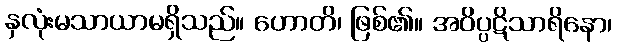
နှလုံးမသာယာမရှိသည်။ ဟောတိ၊ ဖြစ်၏။ အဝိပ္ပဋိသာရိနော၊